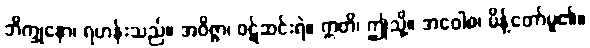
ဘိက္ခုနော၊ ရဟန်းသည်။ အဝိဇ္ဇာ၊ ဝဋ်ဆင်းရဲ။ ဣတိ၊ ဤသို့။ အဝေါစ၊ မိန့်တော်မူ၏။